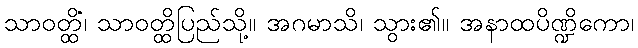
သာဝတ္ထိံ၊ သာဝတ္ထိပြည်သို့။ အဂမာသိ၊ သွား၏။ အနာထပိဏ္ဍိကော၊